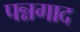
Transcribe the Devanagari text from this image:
पन्नगाद